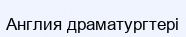
Англия драматургтері